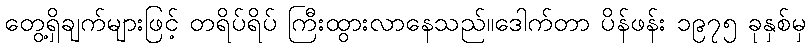
တွေ့ရှိချက်များဖြင့် တရိပ်ရိပ် ကြီးထွားလာနေသည်။ဒေါက်တာ ပိန်ဖန်း ၁၉၇၅ ခုနှစ်မှ